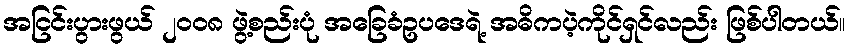
အငြင်းပွားဖွယ် ၂၀၀၈ ဖွဲ့စည်းပုံ အခြေခံဥပဒေရဲ့ အဓိကပဲ့ကိုင်ရှင်လည်း ဖြစ်ပါတယ်။